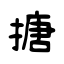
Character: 搪